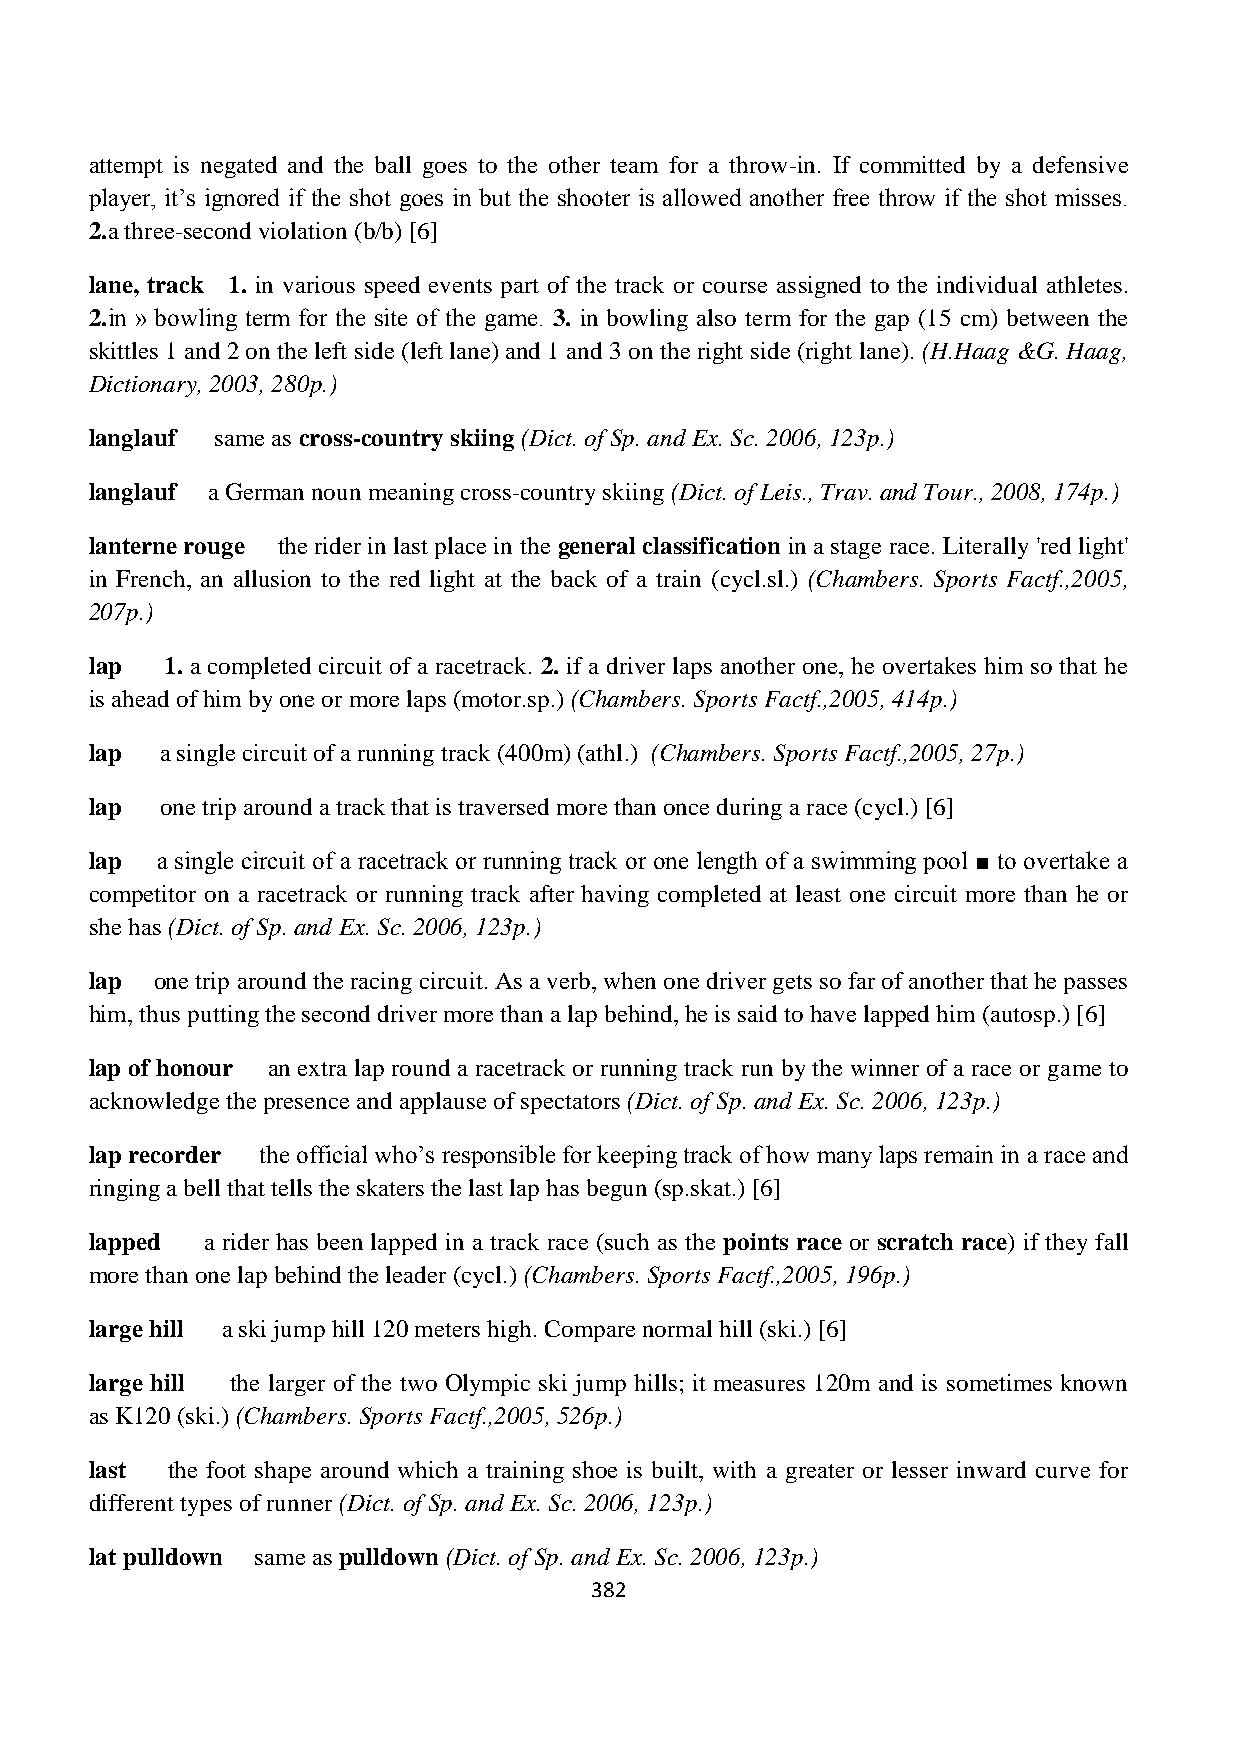
attempt is negated and the ball goes to the other team for a throw-in. If committed by a defensive
 player, it‟s ignored if the shot goes in but the shooter is allowed another free throw if the shot misses.
 2.a three-second violation (b/b) [6]
 lane, track 1. in various speed events part of the track or course assigned to the individual athletes.
 2.in » bowling term for the site of the game. 3. in bowling also term for the gap (15 cm) between the
 skittles 1 and 2 on the left side (left lane) and 1 and 3 on the right side (right lane). (H.Haag &G. Haag,
 Dictionary, 2003, 280p.)
 langlauf same as cross-country skiing (Dict. of Sp. and Ex. Sc. 2006, 123p.)
 langlauf a German noun meaning cross-country skiing (Dict. of Leis., Trav. and Tour., 2008, 174p.)
 lanterne rouge the rider in last place in the general classification in a stage race. Literally 'red light'
 in French, an allusion to the red light at the back of a train (cycl.sl.) (Chambers. Sports Factf.,2005,
 207p.)
 lap  1. a completed circuit of a racetrack. 2. if a driver laps another one, he overtakes him so that he
 is ahead of him by one or more laps (motor.sp.) (Chambers. Sports Factf.,2005, 414p.)
 lap  a single circuit of a running track (400m) (athl.) (Chambers. Sports Factf.,2005, 27p.)
 lap  one trip around a track that is traversed more than once during a race (cycl.) [6]
 lap a single circuit of a racetrack or running track or one length of a swimming pool ■ to overtake a
 competitor on a racetrack or running track after having completed at least one circuit more than he or
 she has (Dict. of Sp. and Ex. Sc. 2006, 123p.)
 lap one trip around the racing circuit. As a verb, when one driver gets so far of another that he passes
 him, thus putting the second driver more than a lap behind, he is said to have lapped him (autosp.) [6]
 lap of honour an extra lap round a racetrack or running track run by the winner of a race or game to
 acknowledge the presence and applause of spectators (Dict. of Sp. and Ex. Sc. 2006, 123p.)
 lap recorder the official who‟s responsible for keeping track of how many laps remain in a race and
 ringing a bell that tells the skaters the last lap has begun (sp.skat.) [6]
 lapped  a rider has been lapped in a track race (such as the points race or scratch race) if they fall
 more than one lap behind the leader (cycl.) (Chambers. Sports Factf.,2005, 196p.)
 large hill a ski jump hill 120 meters high. Compare normal hill (ski.) [6]
 large hill the larger of the two Olympic ski jump hills; it measures 120m and is sometimes known
 as K120 (ski.) (Chambers. Sports Factf.,2005, 526p.)
 last the foot shape around which a training shoe is built, with a greater or lesser inward curve for
 different types of runner (Dict. of Sp. and Ex. Sc. 2006, 123p.)
 lat pulldown same as pulldown (Dict. of Sp. and Ex. Sc. 2006, 123p.)
 382